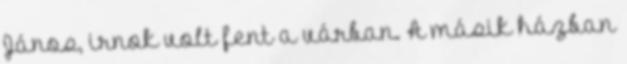
János, irnok volt fent a várban. A másik házban